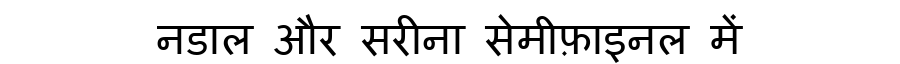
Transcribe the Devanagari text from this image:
नडाल और सरीना सेमीफ़ाइनल में